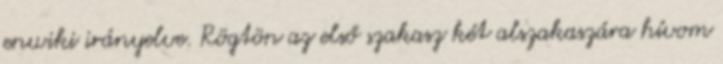
enwiki irányelve. Rögtön az első szakasz két alszakaszára hívom